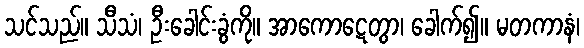
သင်သည်။ သီသံ၊ ဦးခေါင်းခွံကို။ အာကောဋေတွာ၊ ခေါက်၍။ မတကာနံ၊